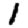
Digit: 1